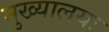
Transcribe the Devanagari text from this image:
मुख्यालयः